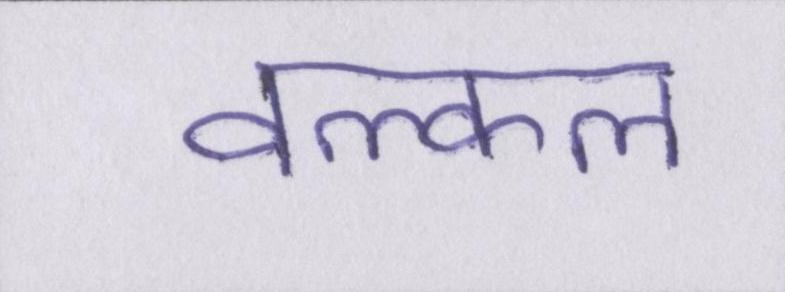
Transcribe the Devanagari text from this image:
वल्कल